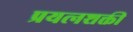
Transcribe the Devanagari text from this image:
प्रयत्‍नशक्ती